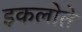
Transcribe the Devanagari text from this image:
इकलोते